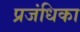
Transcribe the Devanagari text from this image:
प्रजंधिका